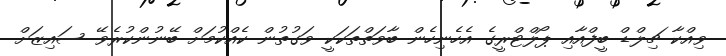
ވިއްކާ ޗިލްޑް ބީފްއާއި ޕޯލްޓްރީގެ އެހެނިހެން ބާވަތްތަކަކީ ވަގުތުން ކެއްކުމަށް ބޭނުންކުރެވޭ ސައިޒަށް